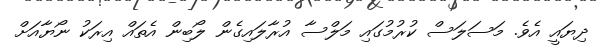
ދިޔައީ އެވެ. މަސަލަސް ކުރުމުގައި މަލްސާ އުރާލައިގެން ލޯބިން އެތައް އިރަކު ނޯޔާއަށް